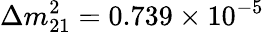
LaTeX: \Delta m_{21}^{2}=0.739\times 10^{-5}